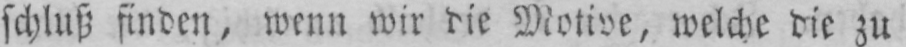
schluß finden, wenn wir die Motive, welche die zu